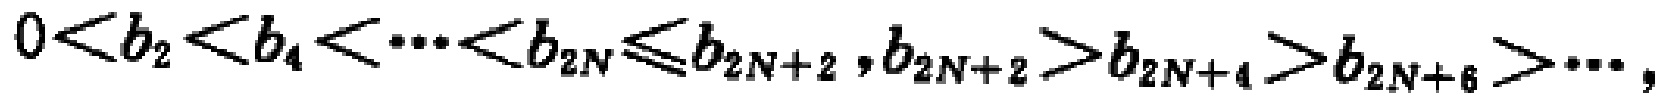
\(0 < b_{2} < b_{4} < \cdots < b_{2N} \leq b_{2N + 2}, b_{2N + 2} > b_{2N + 4} > b_{2N + 6} > \cdots\)